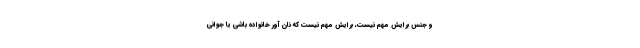
و جنس برایش مهم نیست، برایش مهم نیست که نان آور خانواده باشی یا جوانی